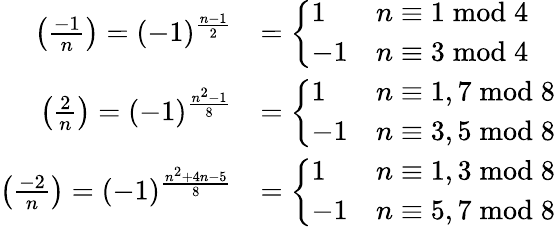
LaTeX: {\begin{array}{rl}{\left({\frac{-1}{n}}\right)=(-1)^{\frac{n-1}{2}}}&{={\left\{ \begin{array}{ll}{1}&{n\equiv 1{\bmod{4}}}\\ {-1}&{n\equiv 3{\bmod{4}}}\end{array}\right.}}\\ {\left({\frac{2}{n}}\right)=(-1)^{\frac{n^{2}-1}{8}}}&{={\left\{ \begin{array}{ll}{1}&{n\equiv 1,7{\bmod{8}}}\\ {-1}&{n\equiv 3,5{\bmod{8}}}\end{array}\right.}}\\ {\left({\frac{-2}{n}}\right)=(-1)^{\frac{n^{2}+4n-5}{8}}}&{={\left\{ \begin{array}{ll}{1}&{n\equiv 1,3{\bmod{8}}}\\ {-1}&{n\equiv 5,7{\bmod{8}}}\end{array}\right.}}\end{array}}